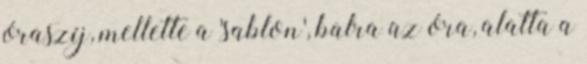
óraszíj, mellette a 'sablon', balra az óra, alatta a